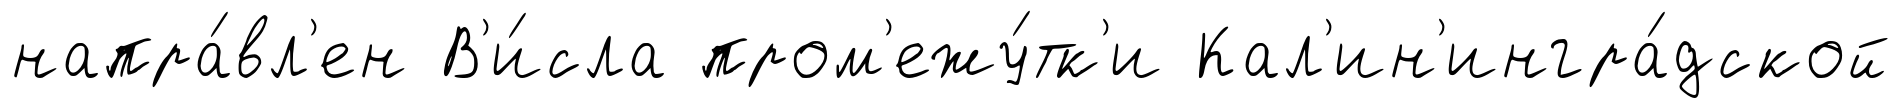
напра́вл'ен В'и́сла пром'ежу́тк'и Кал'ин'ингра́дской